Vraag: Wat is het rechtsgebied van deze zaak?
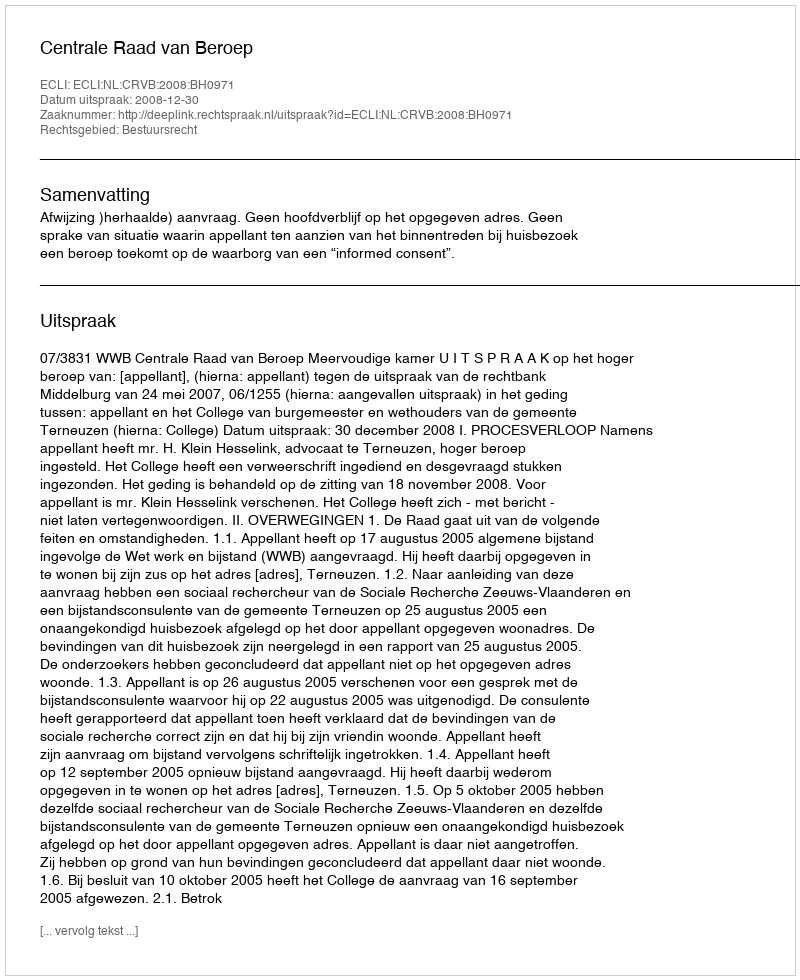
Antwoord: Bestuursrecht